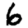
Digit: 6